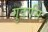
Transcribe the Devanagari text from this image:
गुडासि